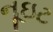
નૂઇટ